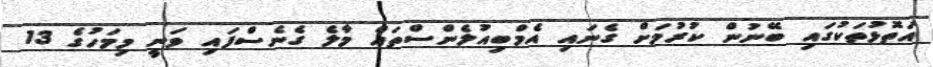
އަތޮޅުތަކުގައި ބޭނުން ކުރުމަށް ގެނައި އެމްބިއުލެންސްތައް މާލެ ގެނެސްފައި ވަނީ މިމަހުގެ 13